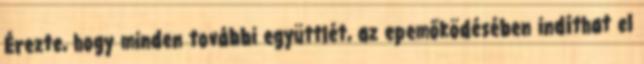
Érezte, hogy minden további együttlét, az epemőködésében indíthat el